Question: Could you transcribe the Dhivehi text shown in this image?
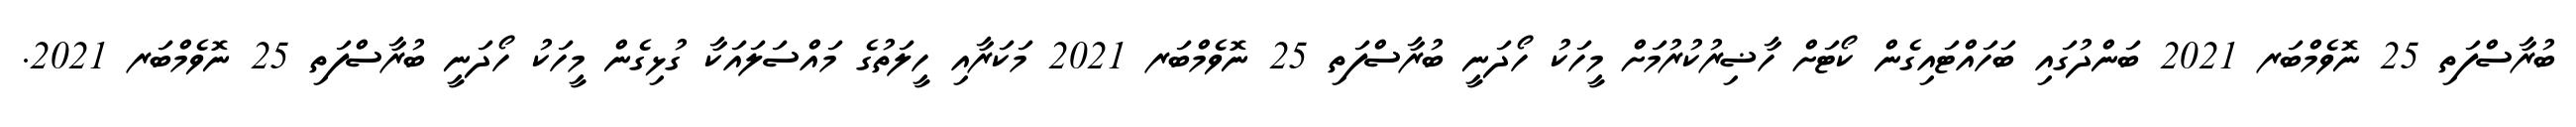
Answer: ބުރާސްފަތި 25 ނޮވެމްބަރ 2021 ބަންދުގައި ބަހައްޓައިގެން ކޯޓަށް ހާޟިރުކުރުމަށް މީހަކު ހޯދަނީ ބުރާސްފަތި 25 ނޮވެމްބަރ 2021 މަކަރާއި ހީލަތުގެ މައްސަލައަކާ ގުޅިގެން މީހަކު ހޯދަނީ ބުރާސްފަތި 25 ނޮވެމްބަރ 2021.